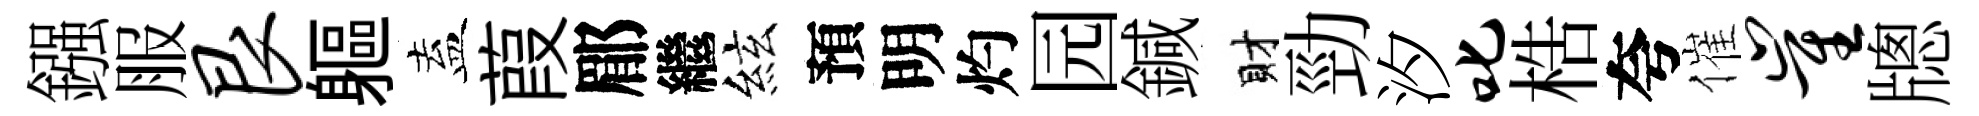
鏹服艮軀盍葭郿繼絃預明灼园鍼財勁汐叱梏夸催崔牕